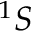
^ 1 S